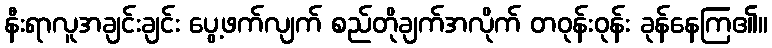
နီးရာလူအချင်းချင်း ပွေ့ဖက်လျက် စည်တိုချက်အလိုက် တဝုန်းဝုန်း ခုန်နေကြ၏။